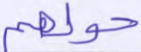
حولهم